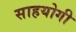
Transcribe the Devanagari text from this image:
साहयोगी